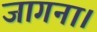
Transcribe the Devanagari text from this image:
जागना।